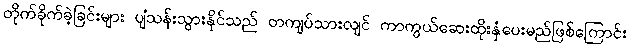
တိုက်ခိုက်ခဲ့ခြင်းများ ပျံသန်းသွားနိုင်သည် တကျပ်သားလျင် ကာကွယ်ဆေးထိုးနှံပေးမည်ဖြစ်ကြောင်း